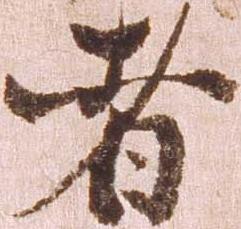
者